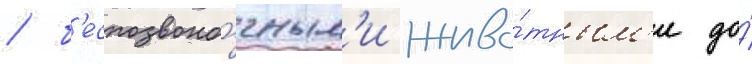
/ б'еспозвоно́чным'и живо́тным'и до́